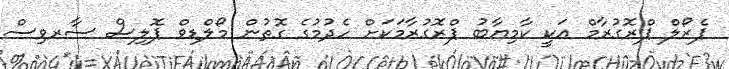
ޕެރޯލް ޕްރޮގުރާމް އަކީ ކާމިޔާބު ޕްރޮގުރާމަކަށް ހެދުމުގެ ގޮތުން މޯލްޑިވް ޕޮލިސް ސާރވިސް